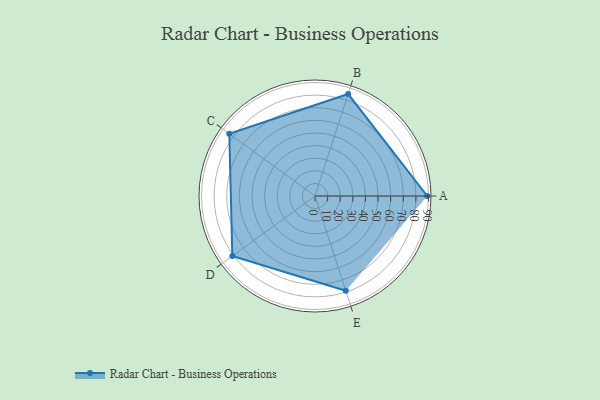
{"axis": {"x": "Skill", "y": "Score"}, "legend": ["Profile"], "data": [{"x": "A", "y": 89.0, "type": "Profile"}, {"x": "B", "y": 85.0, "type": "Profile"}, {"x": "C", "y": 84.0, "type": "Profile"}, {"x": "D", "y": 81.0, "type": "Profile"}, {"x": "E", "y": 79.0, "type": "Profile"}]}